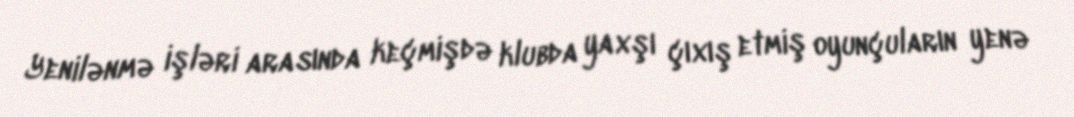
Yenilənmə işləri arasında keçmişdə klubda yaxşı çıxış etmiş oyunçuların yenə